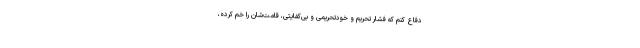
دفاع کنم که فشار تحریم و خودتحریمی و بی‌کفایتی‌، قامت‌شان را خم کرده،